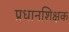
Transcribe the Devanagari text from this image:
प्रधानशिक्षक